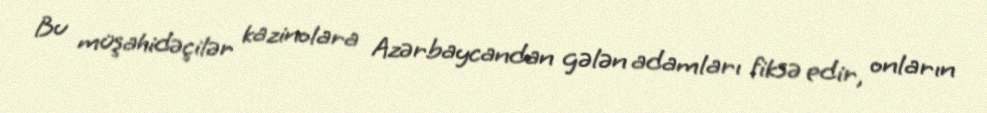
Bu müşahidəçilər kazinolara Azərbaycandan gələn adamları fiksə edir, onların